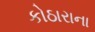
કોઠારાના